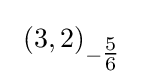
\ (3,2)_{-{\tfrac {5}{6}}}\